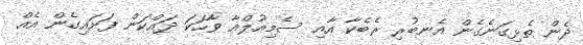
ދެން ތެޅިގަނެގެން އެނބުރި ރެބެކާ އާއި ސެމިއުލްއާ ވާހަކަ ދައްކަން ފަށައިގެން އެއް